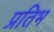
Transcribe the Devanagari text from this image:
प्रतिभ